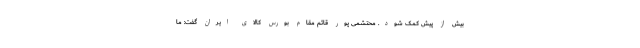
بیش از پیش کمک شود. محتشمی پور قائم مقام بورس کالای ایران گفت: ما